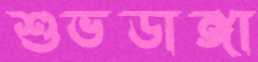
শুভডাঙ্গা